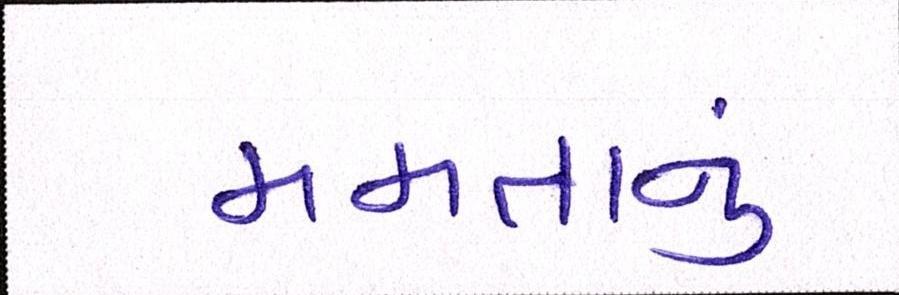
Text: મમતાનું